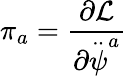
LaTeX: \pi_{a}=\frac{\partial{\cal L}}{\partial\stackrel{..}{\psi}^{a}}